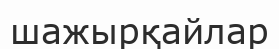
шажырқайлар